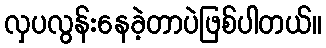
လှပလွန်းနေခဲ့တာပဲဖြစ်ပါတယ်။